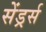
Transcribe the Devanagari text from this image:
सेंड्रर्स